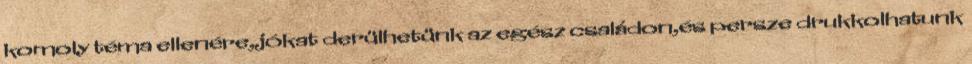
komoly téma ellenére,jókat derülhetünk az egész családon,és persze drukkolhatunk